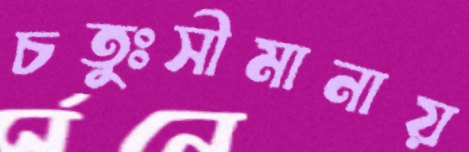
চতুঃসীমানায়